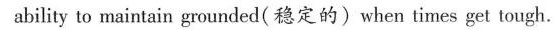
ability to maintain grounded(稳定的)when times get tough.